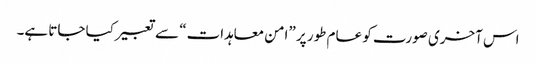
اس آخری صورت کو عام طور پر ”امن معاہدات“ سے تعبیر کیا جاتا ہے۔